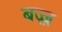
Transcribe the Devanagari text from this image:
बज़्ज़